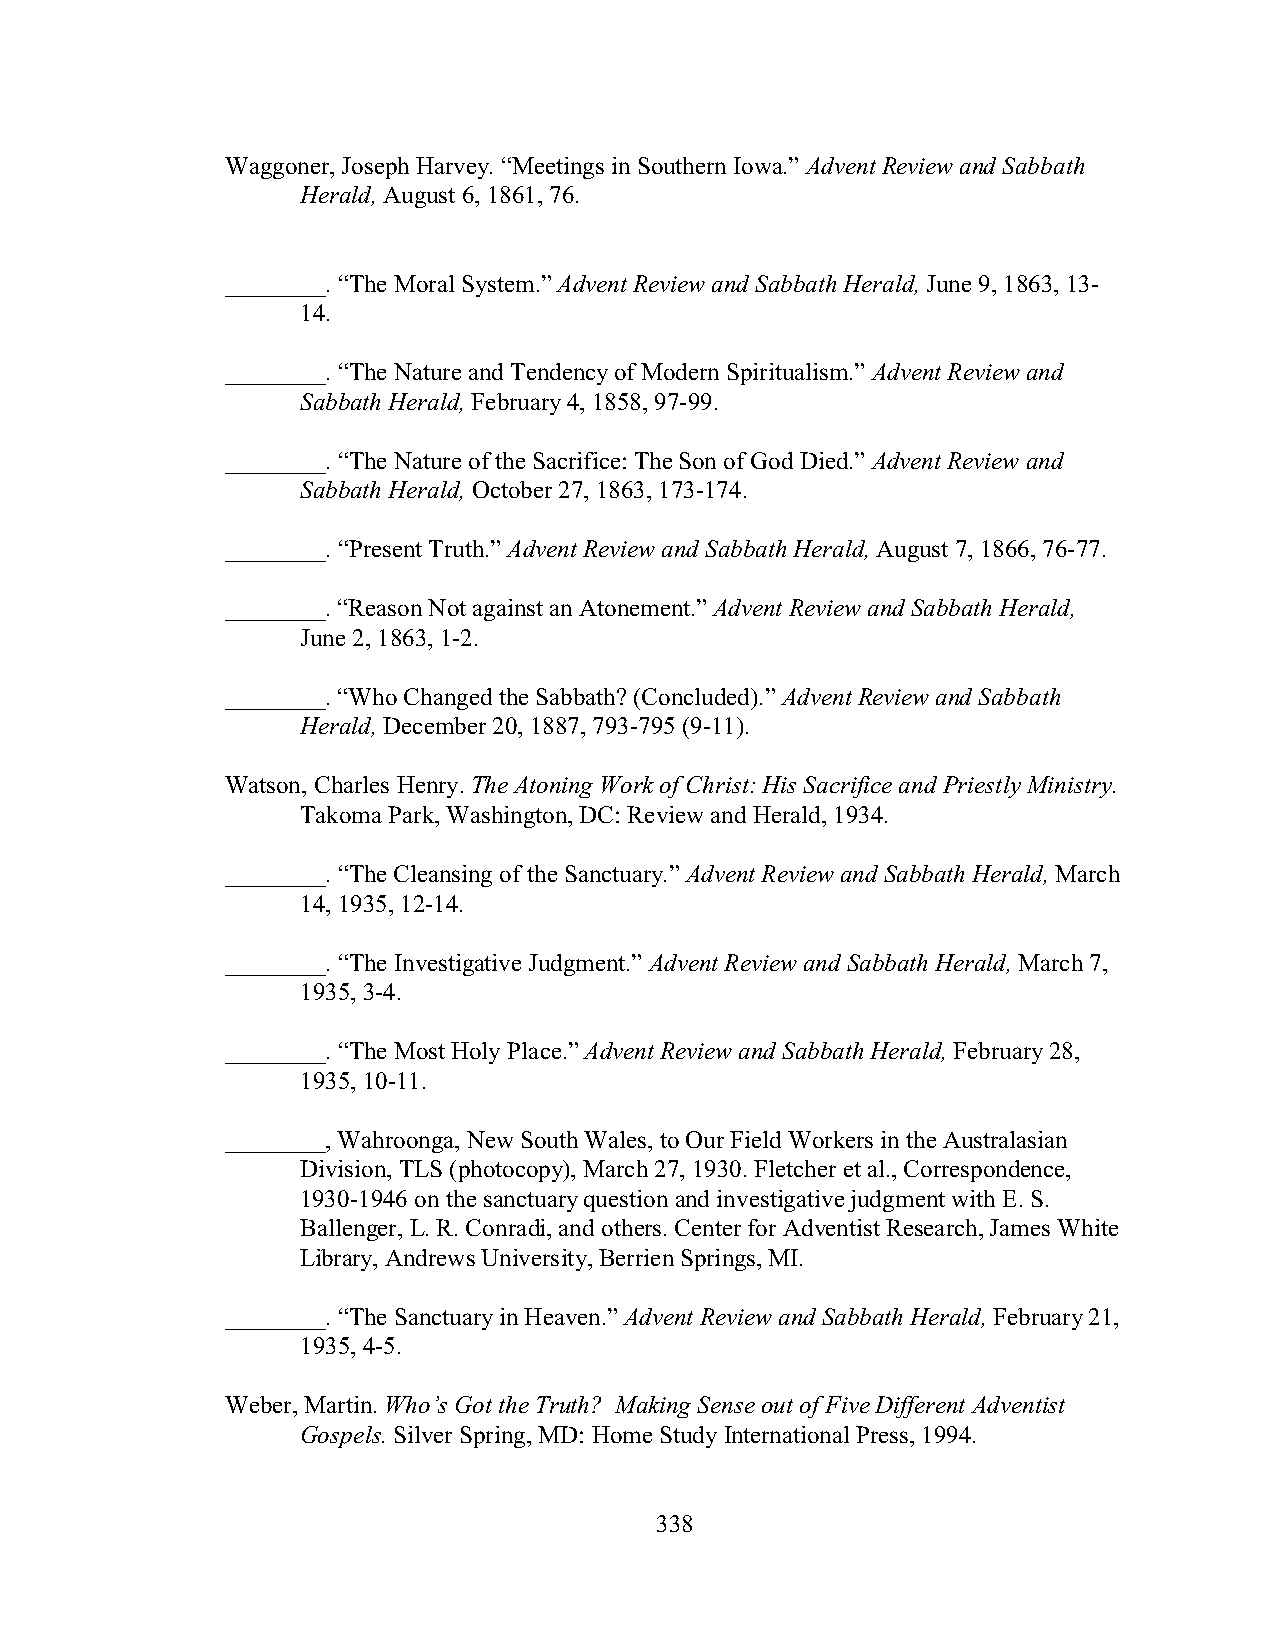
Waggoner, Joseph Harvey. “Meetings in Southern Iowa.” Advent Review and Sabbath
 Herald, August 6, 1861, 76.
 ________. “The Moral System.” Advent Review and Sabbath Herald, June 9, 1863, 13-
 14.
 ________. “The Nature and Tendency of Modern Spiritualism.” Advent Review and
 Sabbath Herald, February 4, 1858, 97-99.
 ________. “The Nature of the Sacrifice: The Son of God Died.” Advent Review and
 Sabbath Herald, October 27, 1863, 173-174.
 ________. “Present Truth.” Advent Review and Sabbath Herald, August 7, 1866, 76-77.
 ________. “Reason Not against an Atonement.” Advent Review and Sabbath Herald,
 June 2, 1863, 1-2.
 ________. “Who Changed the Sabbath? (Concluded).” Advent Review and Sabbath
 Herald, December 20, 1887, 793-795 (9-11).
 Watson, Charles Henry. The Atoning Work of Christ: His Sacrifice and Priestly Ministry.
 Takoma Park, Washington, DC: Review and Herald, 1934.
 ________. “The Cleansing of the Sanctuary.” Advent Review and Sabbath Herald, March
 14, 1935, 12-14.
 ________. “The Investigative Judgment.” Advent Review and Sabbath Herald, March 7,
 1935, 3-4.
 ________. “The Most Holy Place.” Advent Review and Sabbath Herald, February 28,
 1935, 10-11.
 ________, Wahroonga, New South Wales, to Our Field Workers in the Australasian
 Division, TLS (photocopy), March 27, 1930. Fletcher et al., Correspondence,
 1930-1946 on the sanctuary question and investigative judgment with E. S.
 Ballenger, L. R. Conradi, and others. Center for Adventist Research, James White
 Library, Andrews University, Berrien Springs, MI.
 ________. “The Sanctuary in Heaven.” Advent Review and Sabbath Herald, February 21,
 1935, 4-5.
 Weber, Martin. Who’s Got the Truth? Making Sense out of Five Different Adventist
 Gospels. Silver Spring, MD: Home Study International Press, 1994.
 338